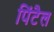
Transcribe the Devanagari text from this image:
पिंटैल